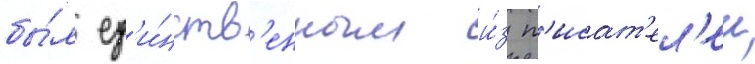
бы́л ед'и́нств'енным и́з п'исат'ел'еи